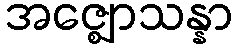
အဇ္ဈောသန္နာ